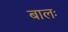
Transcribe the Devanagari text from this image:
बालः